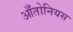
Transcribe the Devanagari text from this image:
आँतोनियस